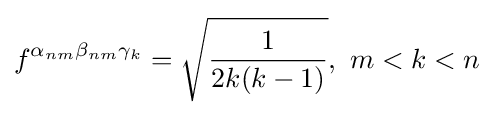
f^{\alpha _{nm}\beta _{nm}\gamma _{k}}={\sqrt {\frac {1}{2k(k-1)}}},~m<k<n